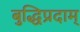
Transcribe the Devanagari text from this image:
बुद्धिप्रदाम्